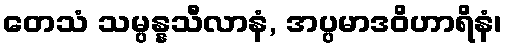
တေသံ သမ္ပန္နသီလာနံ, အပ္ပမာဒဝိဟာရိနံ၊